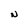
Character: N